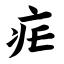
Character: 疟